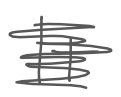
Text: It
Cross-out: mix
Writing tool: digital_gray